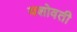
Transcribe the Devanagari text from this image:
यशोवती